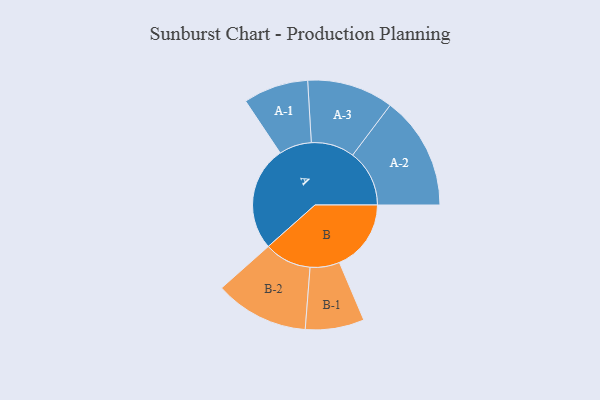
{"axis": {"x": "Segment", "y": "Value"}, "legend": ["", "A", "B"], "data": [{"x": "A", "y": 441, "type": ""}, {"x": "B", "y": 302, "type": ""}, {"x": "A-1", "y": 137, "type": "A"}, {"x": "A-2", "y": 239, "type": "A"}, {"x": "A-3", "y": 182, "type": "A"}, {"x": "B-1", "y": 124, "type": "B"}, {"x": "B-2", "y": 198, "type": "B"}]}